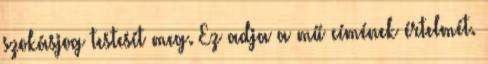
szokásjog testesít meg. Ez adja a mű címének értelmét.